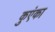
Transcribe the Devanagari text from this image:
कुएंका